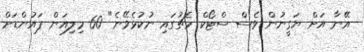
އޭނާ އަށް ޔަގީނުން ވެސް ސްޓޯކް މެޗުގައި ނުކުޅެވޭނެ" 60 މިލިއަން ޕައުންޑަށް